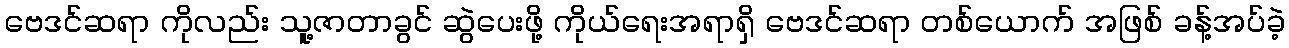
ဗေဒင်ဆရာ ကိုလည်း သူ့ဇာတာခွင် ဆွဲပေးဖို့ ကိုယ်ရေးအရာရှိ ဗေဒင်ဆရာ တစ်ယောက် အဖြစ် ခန့်အပ်ခဲ့